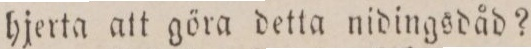
hjerta att göra detta nidingsdåd?